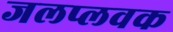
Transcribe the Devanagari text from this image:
जलप्लवक